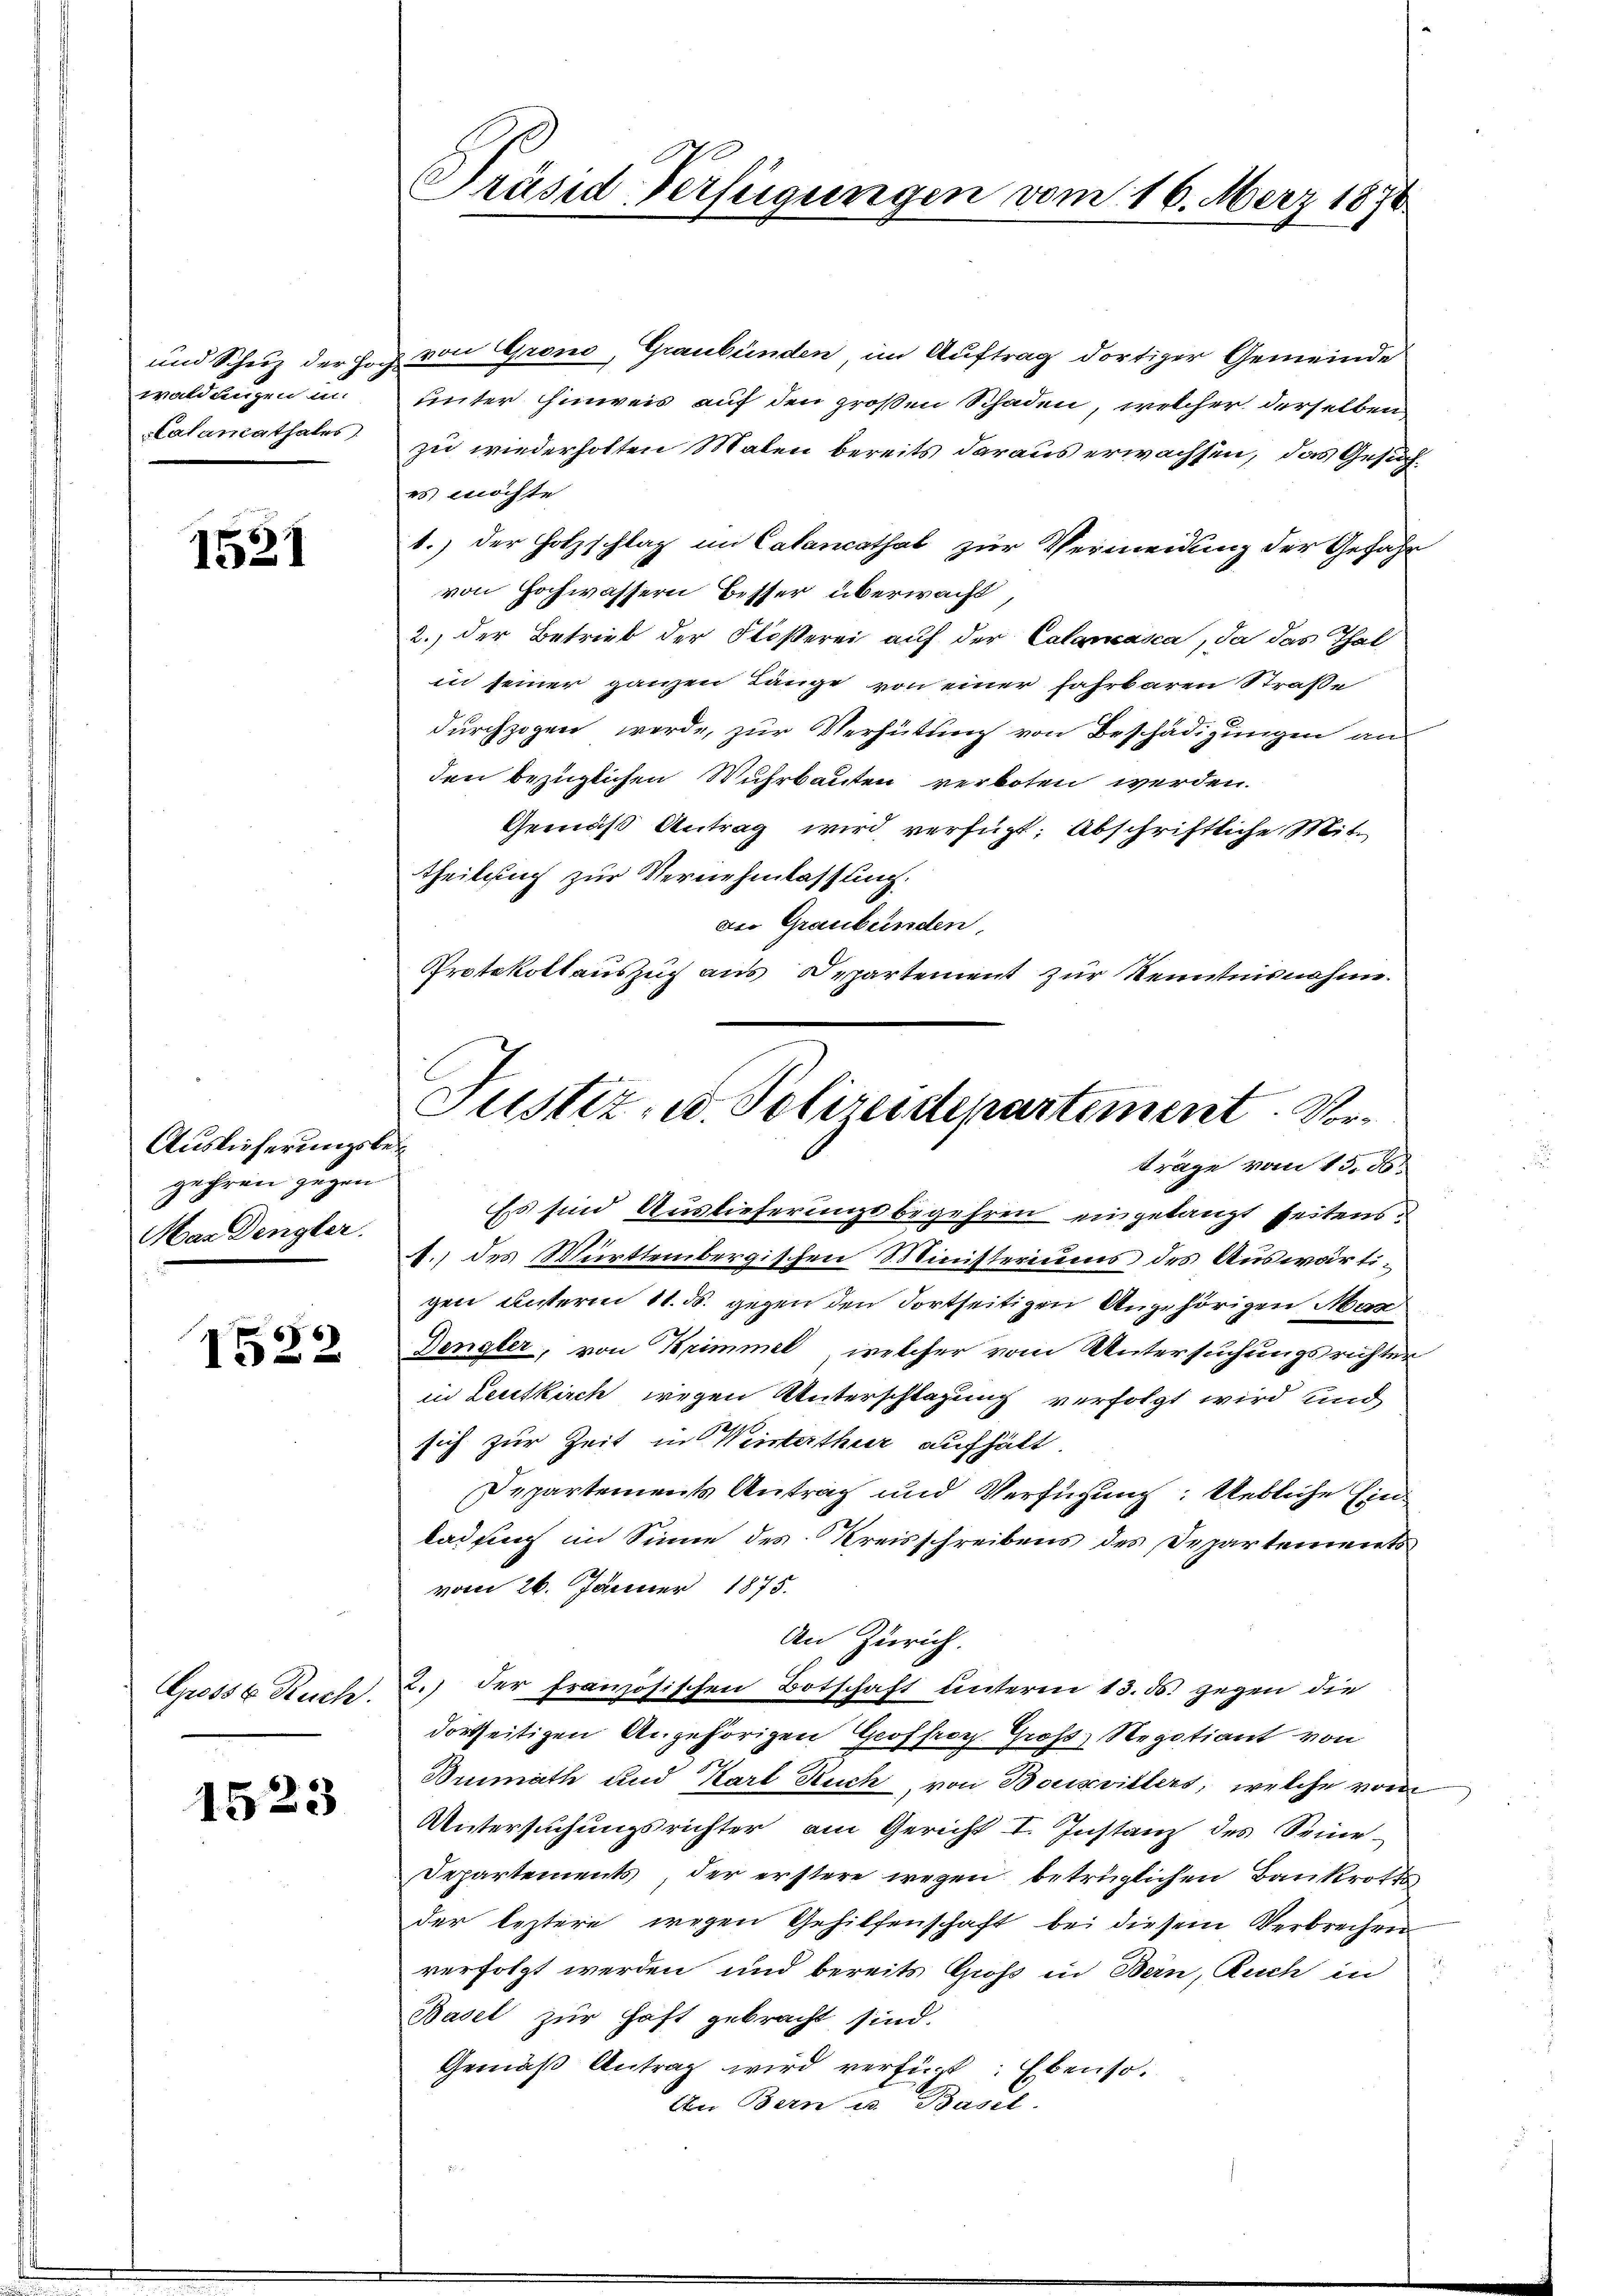
waldungen in
Lalancathales

1521

Auslieferungsbegehren gegen
Mar Dengler.

1522

Grosse Ruch.

1523

Präsid-Verfügungen vom 16. März 1870

und Schuz der Hoch von Grono, Graubünden im Auftrag dortiger Gemeinde
unter hinweis auf den großen Schaden, welcher derselben
zu wiederholten Malen bereits daraus erwachsen, das Gesuches möchte
1.) Der Holzschlag im Calancathal zur Vermeidung der Gefahr
von Hochwassern Besser überwacht
2. der Betrieb der Flößerei auf der Calancasca, da das Thal
in seiner ganzen Länge von einer fahrbaren Straße
durchzogen werde, zur Verhütung von Beschädigungen an
den bezüglichen Wuhrbauten verboten werden.
Gemäß Antrag wird verfügt, Abschriftliche Mit
theilich zur Vernehmlassung.
Der Graubünden,
Protokollauszug aus Departement zur Kenntnisnahme.
Es sind Auslieferungsbegehren eingelangt seitens.
A., des Württembergischen Ministeriums des Auswärtigen unterm 11. ds. gegen den dortseitigen Angehörigen Mas
Dengler, von Krimmel, welcher vom Untersuchungsrichter
in Leutkirch wegen Unterschlagung verfolgt wird und
sich zur Zeit in Winterthur aufhält.
Departements Antrag und Verfügung: Uebliche Einladung im Sinne des Kreisschreibens des Departements
vom 26. Jänner 1875.
An Zürich.
2.) der französischen Botschaft unterm 13. ds. gegen die
dortseitigen Angehörigen Geoffror Groß Regotiant von
Brumäth und Karl Stuch, von Bouisvillers, welche vom
Untersuchungsrichter am Gericht I. Instanz des Seine
Departements, der erstere wegen betrüglichen Bankrottsder leztere wegen Gehilfenschaft bei diesem Verbrechen
verfolgt werden und bereits Groß in Bern, Ruch in
Basel zur Haft gebracht sind.
Gemäß Antrag wird verfügt: Ebenso.
An Bern u. Basel.

Justiz- u. Polizeidepartement. Vorträge vom 15. 56